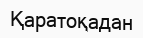
Қаратоқадан